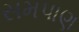
સમપાણ